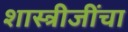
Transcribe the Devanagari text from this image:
शास्त्रीजींचा